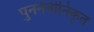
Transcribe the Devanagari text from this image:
पुनर्नवीनिकृत